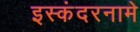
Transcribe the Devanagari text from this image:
इस्कंदरनामे